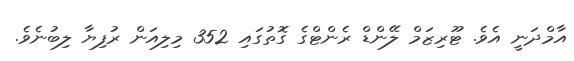
އާމްދަނީ އެވެ. ޓޫރިޒަމް ލޭންޑް ރެންޓްގެ ގޮތުގައި 352 މިލިއަން ރުފިޔާ ލިބުނެވެ.